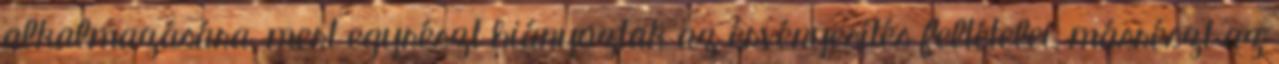
alkalmazására, mert egyrészt hiányoztak az érvényesítés feltételei, másrészt az